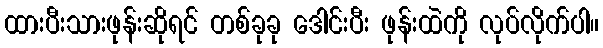
ထားပီးသားဖုန်းဆိုရင် တစ်ခုခု ဒေါင်းပီး ဖုန်းထဲကို လုပ်လိုက်ပါ။